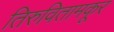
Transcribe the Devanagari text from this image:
तिरुवितामकूर